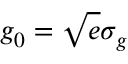
g _ { 0 } = \sqrt { e } \sigma _ { g }